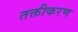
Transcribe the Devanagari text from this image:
तक्तीकरण